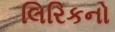
લિરિકનો